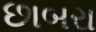
છાબરા